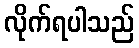
လိုက်ရပါသည်